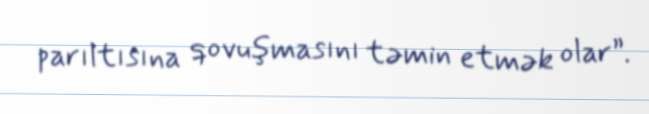
parıltısına qovuşmasını təmin etmək olar”.